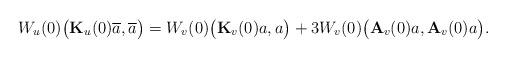
LaTeX: \begin{align*}W_u(0)\bigl({\bf K}_u(0)\overline{a},\overline{a}\bigr) = W_v(0)\bigl({\bf K}_v(0)a,a\bigr) + 3W_v(0)\bigl({\bf A}_v(0)a,{\bf A}_v(0)a\bigr). \end{align*}